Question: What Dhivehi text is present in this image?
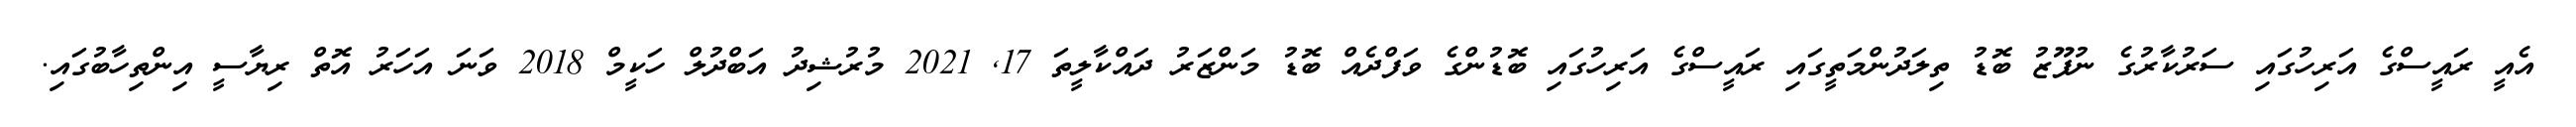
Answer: އެއީ ރައީސްގެ އަރިހުގައި ސަރުކާރުގެ ނުފޫޒު ބޮޑު ތިލަދުންމަތީގައި ރައީސްގެ އަރިހުގައި ބޮޑުންގެ ވަފްދެއް ބޮޑު މަންޒަރު ދައްކާލީތަ 17, 2021 މުރުޝިދު އަބްދުލް ހަކީމް 2018 ވަނަ އަހަރު އޮތް ރިޔާސީ އިންތިހާބުގައި.